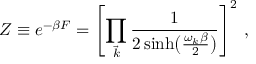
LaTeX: Z \equiv e ^ { - \beta F } = \Biggl [ \prod _ { \vec { k } } { \frac { 1 } { 2 \sinh \bigl ( { \frac { \omega _ { k } \beta } { 2 } } \bigr ) } } \Biggr ] ^ { 2 } \ ,